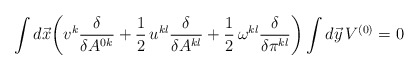
\begin{align*}\int d\vec x\biggl(v^k\frac{\delta}{\delta A^{0k}}+\frac{1}{2}\,u^{kl}\frac{\delta}{\delta A^{kl}}+\frac{1}{2}\,\omega^{kl}\frac{\delta}{\delta\pi^{kl}}\biggr)\int d\vec y\,V^{(0)}=0\end{align*}